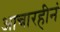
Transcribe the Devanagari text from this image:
आचारहीनं